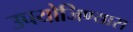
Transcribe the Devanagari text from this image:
उपयोजिण्यास